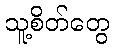
သူ့စိတ်တွေ